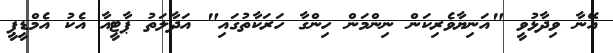
އޭނާ ވިދާޅުވީ "އަނިޔާވެރިކަން ނިންމަން ހިންގާ ހަރަކާތުގައި" އަދާލަތު ޕާޓީއާ އެކު އެމްޑީޕީ